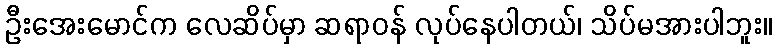
ဦးအေးမောင်က လေဆိပ်မှာ ဆရာဝန် လုပ်နေပါတယ်၊ သိပ်မအားပါဘူး။